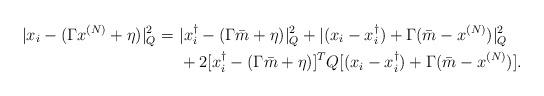
LaTeX: \begin{align*}|x_i -(\Gamma x^{(N)} +\eta) |_Q^2=\ & |x_i^\dag-(\Gamma \bar m+\eta)|_Q^2+|(x_i-x_i^\dag)+\Gamma(\bar m-x^{(N)})|_Q^2\\&+2 [x_i^\dag -(\Gamma \bar m+\eta)]^TQ [(x_i-x_i^\dag)+\Gamma(\bar m-x^{(N)})]. \end{align*}